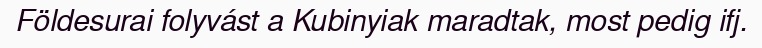
Földesurai folyvást a Kubinyiak maradtak, most pedig ifj.